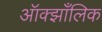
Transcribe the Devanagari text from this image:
ऑक्झाँलिक